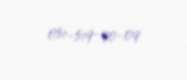
051-519-90-09